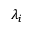
\lambda _ { i }